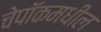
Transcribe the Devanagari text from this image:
चेपॉकमधील